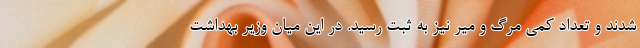
شدند و تعداد کمی مرگ و میر نیز به ثبت رسید. در این میان وزیر بهداشت